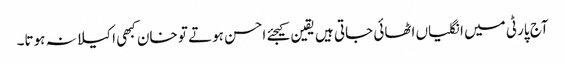
آج پارٹی میں انگلیاں اٹھائی جاتی ہیں یقین کیجئے احسن ہوتے تو خان کبھی اکیلا نہ ہوتا۔